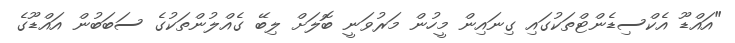
"އައްޑޫ އެކްސިޑެންޓްތަކުގައި ގިނައިން މީހުން މަރުވަނީ ބޮލަށް ލިބޭ ގެއްލުންތަކުގެ ސަބަބުން އައްޑޫގެ